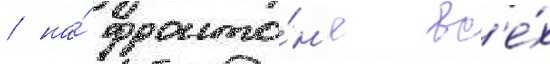
/ на́ фронто́н'е вс'е́х